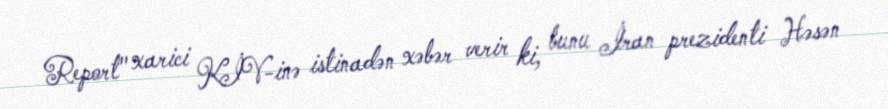
Report" xarici KİV-inə istinadən xəbər verir ki, bunu İran prezidenti Həsən